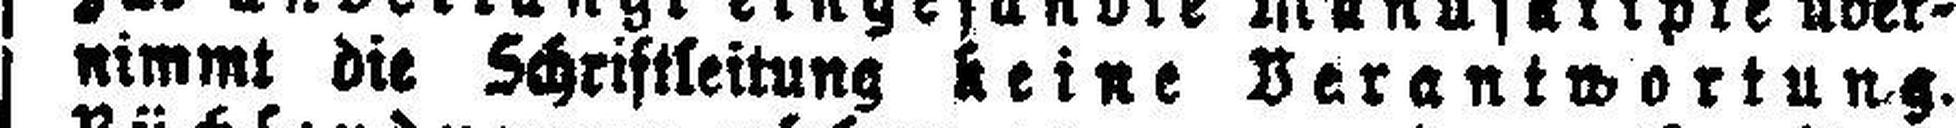
nimmt die Schriftleitung keine Verantwortung.